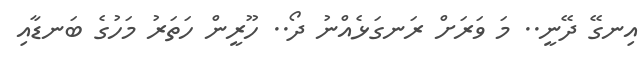
އިނގޭ ދޭނީ.. މަ ވަރަށް ރަނގަޅެއްނު ދޯ.. ހޫރީން ހަތަރު މަހުގެ ބަނޑާއި